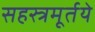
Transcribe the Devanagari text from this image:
सहस्त्रमूर्तये